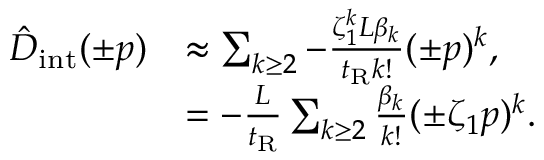
\begin{array} { r l } { \hat { D } _ { \mathrm { i n t } } ( \pm p ) } & { \approx \sum _ { k \geq 2 } - \frac { \zeta _ { 1 } ^ { k } L \beta _ { k } } { t _ { \mathrm { R } } k ! } ( \pm p ) ^ { k } , } \\ & { = - \frac { L } { t _ { \mathrm { R } } } \sum _ { k \geq 2 } \frac { \beta _ { k } } { k ! } ( \pm \zeta _ { 1 } p ) ^ { k } . } \end{array}